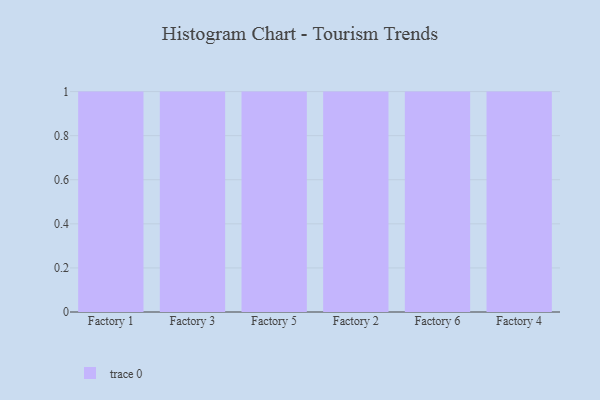
{"axis": {"x": "Factory", "y": "Humidity (%)"}, "legend": [""], "data": [{"x": "Factory 1", "y": 84, "type": ""}, {"x": "Factory 3", "y": 96, "type": ""}, {"x": "Factory 5", "y": 46, "type": ""}, {"x": "Factory 2", "y": 13, "type": ""}, {"x": "Factory 6", "y": 21, "type": ""}, {"x": "Factory 4", "y": 17, "type": ""}]}